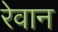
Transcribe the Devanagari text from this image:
रेवान